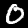
Digit: 0